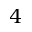
4